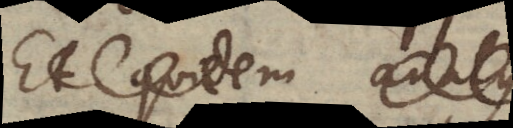
Et quidem